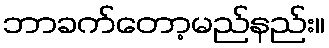
ဘာခက်တော့မည်နည်း။